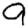
Digit: 9